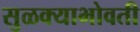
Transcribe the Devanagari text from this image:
सुळक्याभोवती